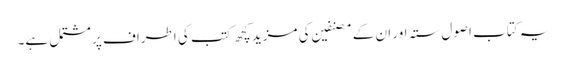
یہ کتاب اصول ستہ اور ان کے مصنفین کی مزید کچھ کتب کی اطراف پر مشتمل ہے۔